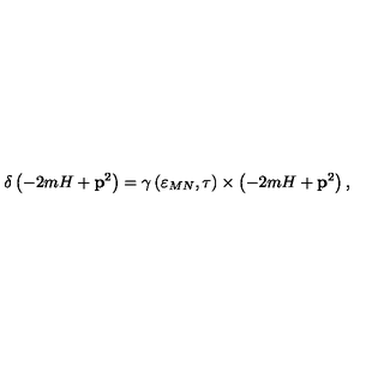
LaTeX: \delta \left( - 2 m H + \mathbf { p } ^ { 2 } \right) = \gamma \left( \varepsilon _ { M N } , \tau \right) \times \left( - 2 m H + \mathbf { p } ^ { 2 } \right) ,